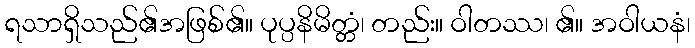
ရသာရှိသည်၏အဖြစ်၏။ ပုပ္ပနိမိတ္တံ၊ တည်း။ ဝါတဿ၊ ၏။ အဝါယနံ၊